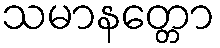
သမာနတ္တော